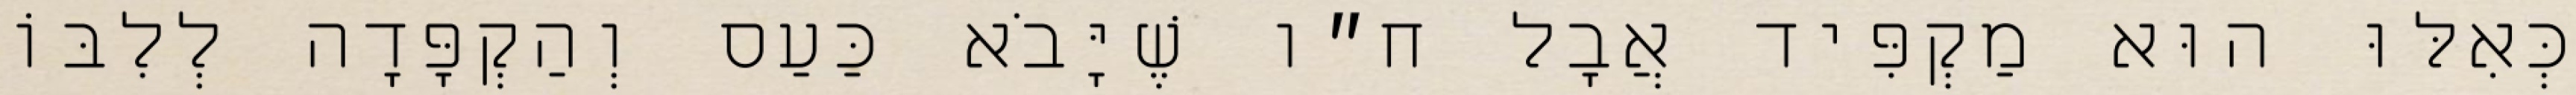
כְּאִלּוּ הוּא מַקְפִּיד אֲבָל ח״ו שֶׁיָּבֹא כַּעַס וְהַקְפָּדָה לְלִבּוֹ